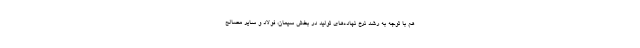
هم با توجه به رشد نرخ نهاده‌های تولید در بخش سیمان، فولاد و سایر مصالح